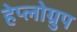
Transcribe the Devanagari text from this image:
हेप्लोग्रुप